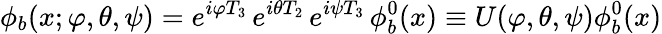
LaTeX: \phi_{b}(x;\varphi,\theta,\psi)=e^{i\varphi T_{3}}\, e^{i\theta T_{2}}\, e^{i\psi T_{3}}\, \phi_{b}^{0}(x)\equiv U(\varphi,\theta,\psi)\phi_{b}^{0}(x)